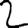
Digit: 2